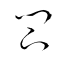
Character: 閇